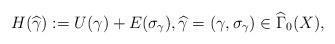
LaTeX: \begin{align*}H(\widehat{\gamma }):=U(\gamma )+E(\sigma _{\gamma }),\widehat{\gamma}=(\gamma ,\sigma _{\gamma })\in \widehat{\Gamma }_{0}(X),\end{align*}